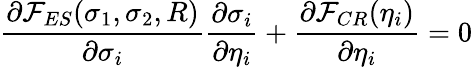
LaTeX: \frac{\partial{\mathcal F}_{ES}(\sigma_{1},\sigma_{2},R)}{\partial\sigma_{i}}\frac{\partial\sigma_{i}}{\partial\eta_{i}}+\frac{\partial{\mathcal F}_{CR}(\eta_{i})}{\partial\eta_{i}}=0